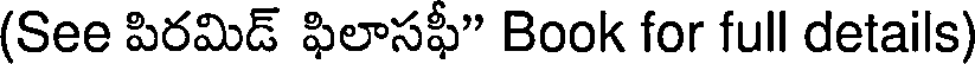
(See పిరమిడ్ ఫిలాసఫీ" Book for full details)